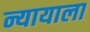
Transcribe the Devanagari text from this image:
न्यायाला